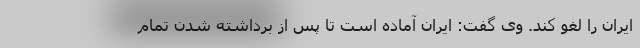
ایران را لغو کند. وی گفت: ایران آماده است تا پس از برداشته شدن تمام